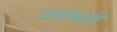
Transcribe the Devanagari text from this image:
दबावही